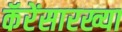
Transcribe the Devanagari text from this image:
कॅरेंसारख्या